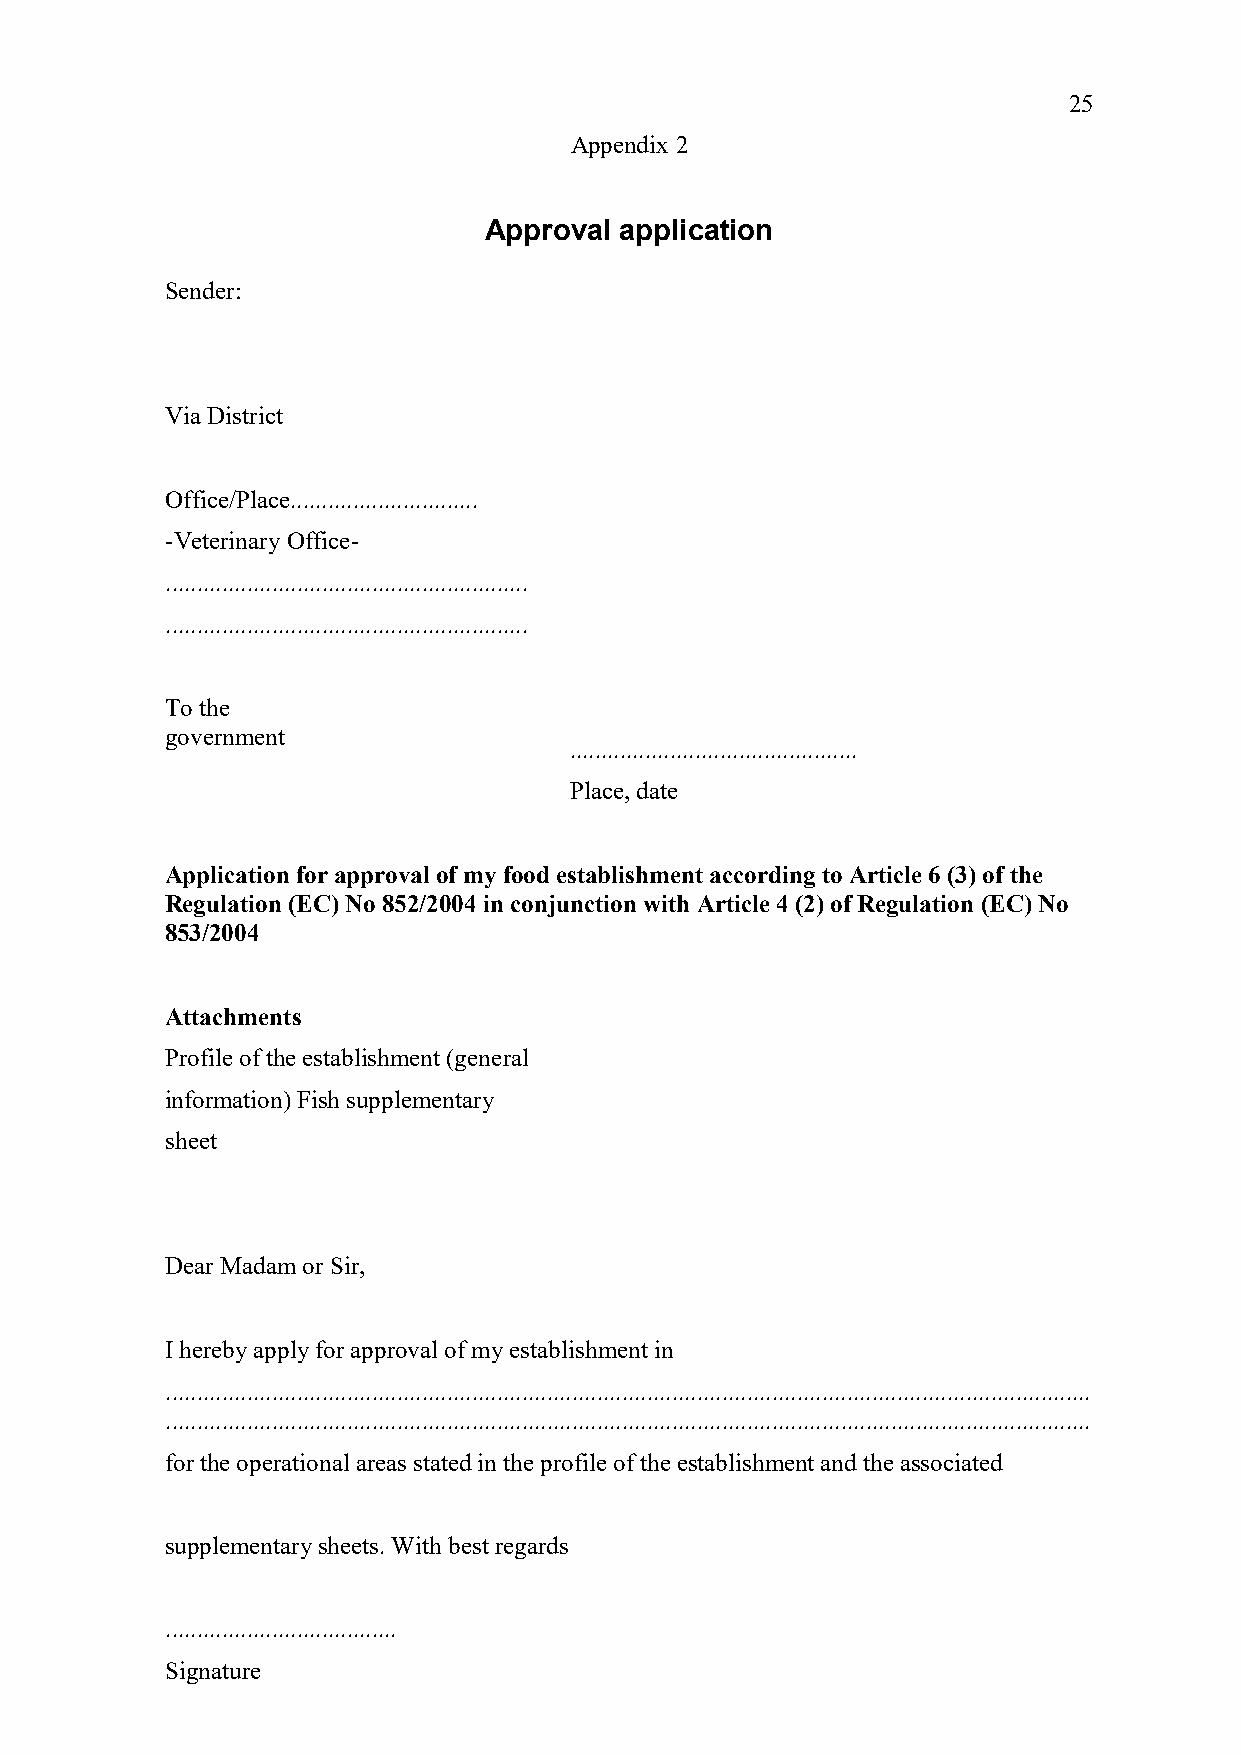
25
 Appendix 2
 Approval application
 Sender:
 Via District
 Office/Place..............................
 -Veterinary Office-
 ..........................................................
 ..........................................................
 To the
 government
 ..............................................
 Place, date
 Application for approval of my food establishment according to Article 6 (3) of the
 Regulation (EC) No 852/2004 in conjunction with Article 4 (2) of Regulation (EC) No
 853/2004
 Attachments
 Profile of the establishment (general
 information) Fish supplementary
 sheet
 Dear Madam or Sir,
 I hereby apply for approval of my establishment in
 ....................................................................................................................................................
 ....................................................................................................................................................
 for the operational areas stated in the profile of the establishment and the associated
 supplementary sheets. With best regards
 .....................................
 Signature